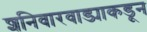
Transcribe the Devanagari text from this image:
शनिवारवाड्याकडून